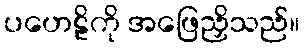
ပဟေဠိကို အဖြေညှိသည်။